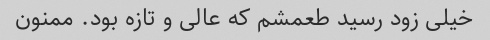
خیلی زود رسید طعمشم که عالی و تازه بود. ممنون